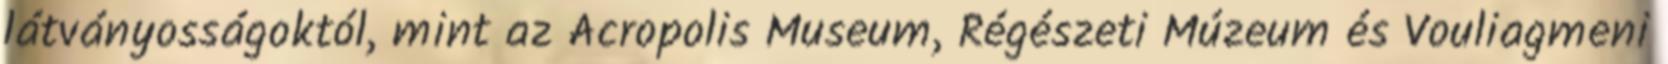
látványosságoktól, mint az Acropolis Museum, Régészeti Múzeum és Vouliagmeni